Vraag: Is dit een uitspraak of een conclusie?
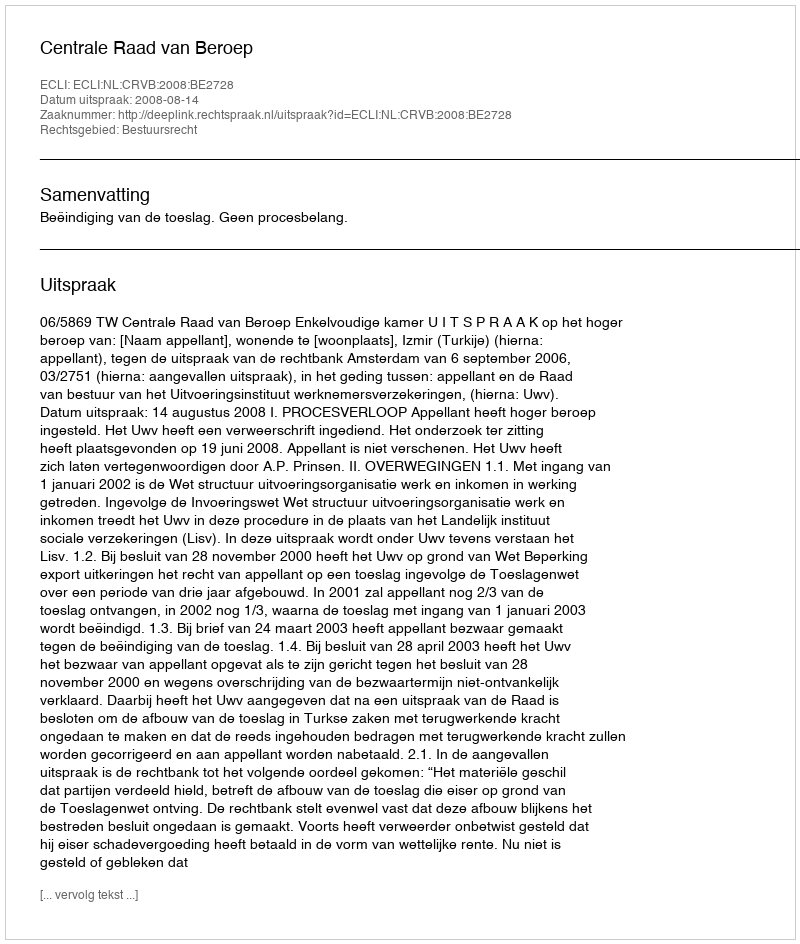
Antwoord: Uitspraak